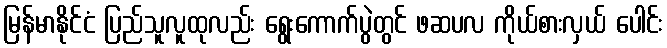
မြန်မာနိုင်ငံ ပြည်သူလူထုလည်း ရွေးကောက်ပွဲတွင် ဖဆပလ ကိုယ်စားလှယ် ပေါင်း